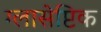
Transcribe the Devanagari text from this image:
ग्लासेप्टिक